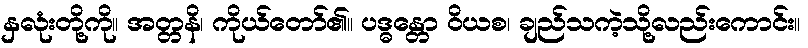
နှလုံးတို့ကို။ အတ္တနိ၊ ကိုယ်တော်၏။ ပဒ္ဓန္တော ဝိယစ၊ ချည်သကဲ့သို့လည်းကောင်း။